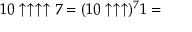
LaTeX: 1 0 \uparrow \uparrow \uparrow \uparrow 7 = ( 1 0 \uparrow \uparrow \uparrow ) ^ { 7 } 1 =